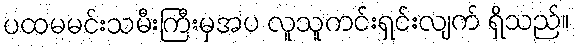
ပထမမင်းသမီးကြီးမှအပ လူသူကင်းရှင်းလျက် ရှိသည်။